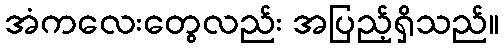
အံကလေးတွေလည်း အပြည့်ရှိသည်။